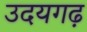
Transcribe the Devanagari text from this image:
उदयगढ़